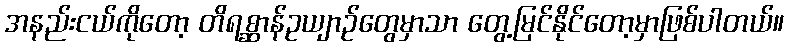
အနည်းငယ်ကိုတော့ တိရစ္ဆာန်ဥယျာဉ်တွေမှာသာ တွေ့မြင်နိုင်တော့မှာဖြစ်ပါတယ်။